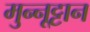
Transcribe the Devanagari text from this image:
मुन्नूट्टान